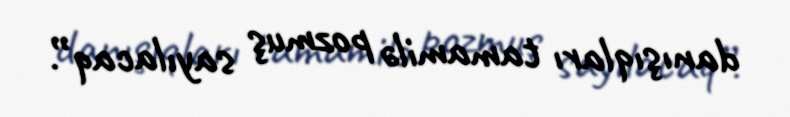
danışıqları tamamilə pozmuş sayılacaq”.